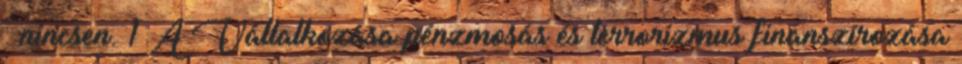
: nincsen. 1 A Vállalkozása pénzmosás és terrorizmus finanszírozása